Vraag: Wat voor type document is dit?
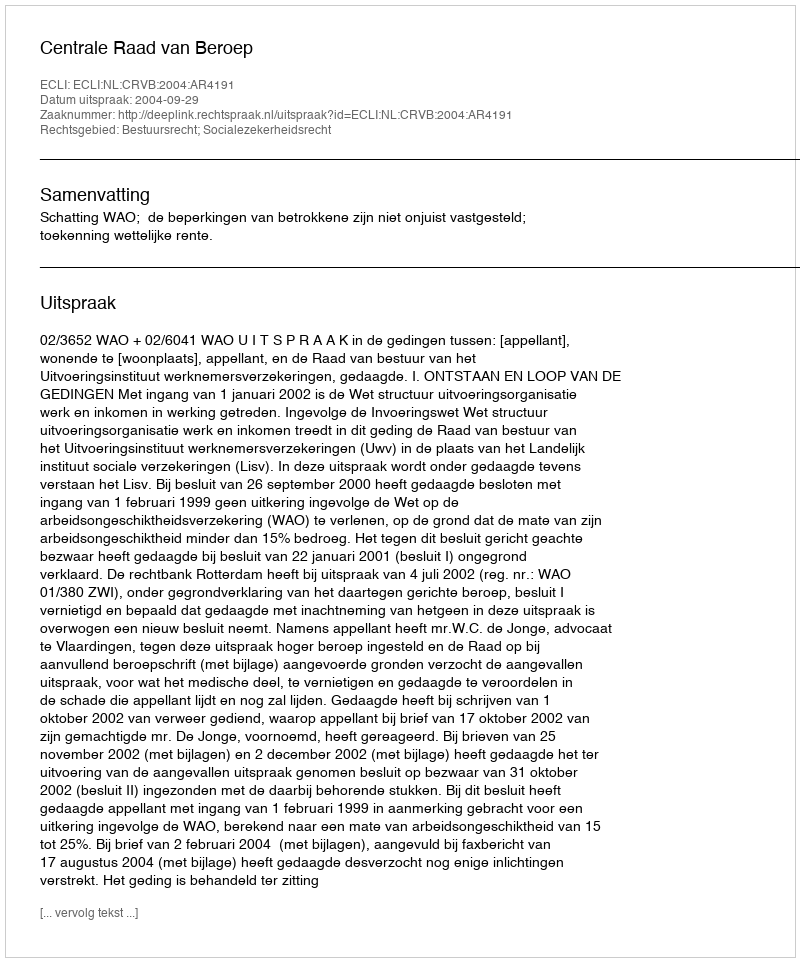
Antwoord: Uitspraak